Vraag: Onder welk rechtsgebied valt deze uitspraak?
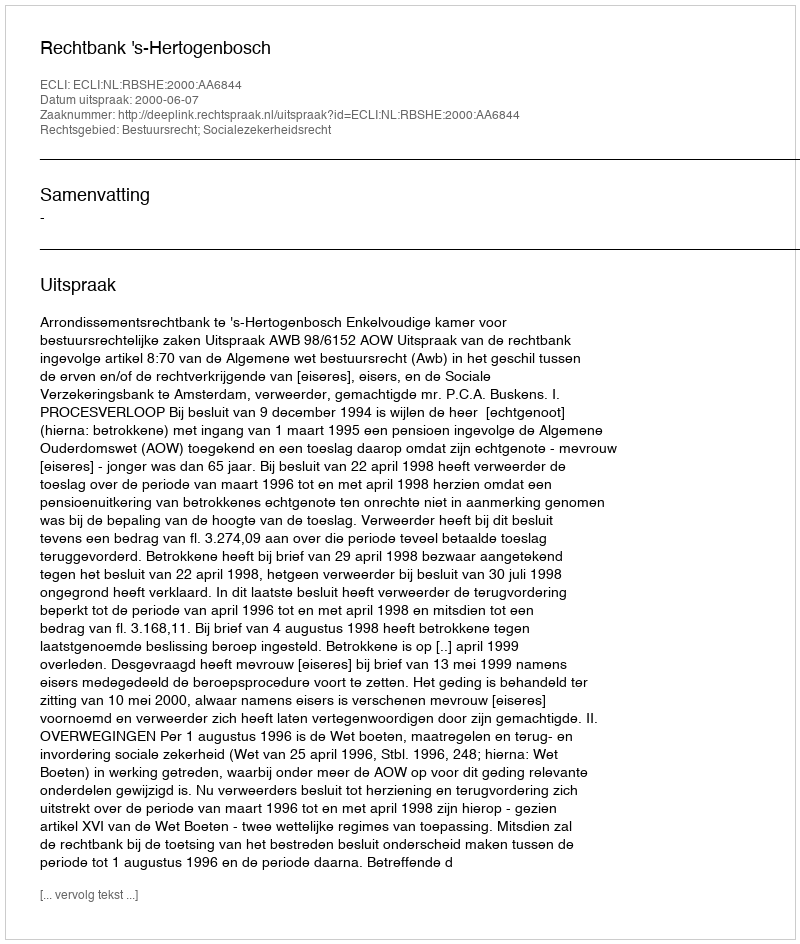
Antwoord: Bestuursrecht; Socialezekerheidsrecht